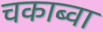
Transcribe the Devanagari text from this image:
चकाब्वा